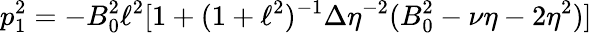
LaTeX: p_{1}^{2}=-B_{0}^{2}\ell^{2}[1+(1+\ell^{2})^{-1}\Delta\eta^{-2}(B_{0}^{2}-\nu\eta-2\eta^{2})]